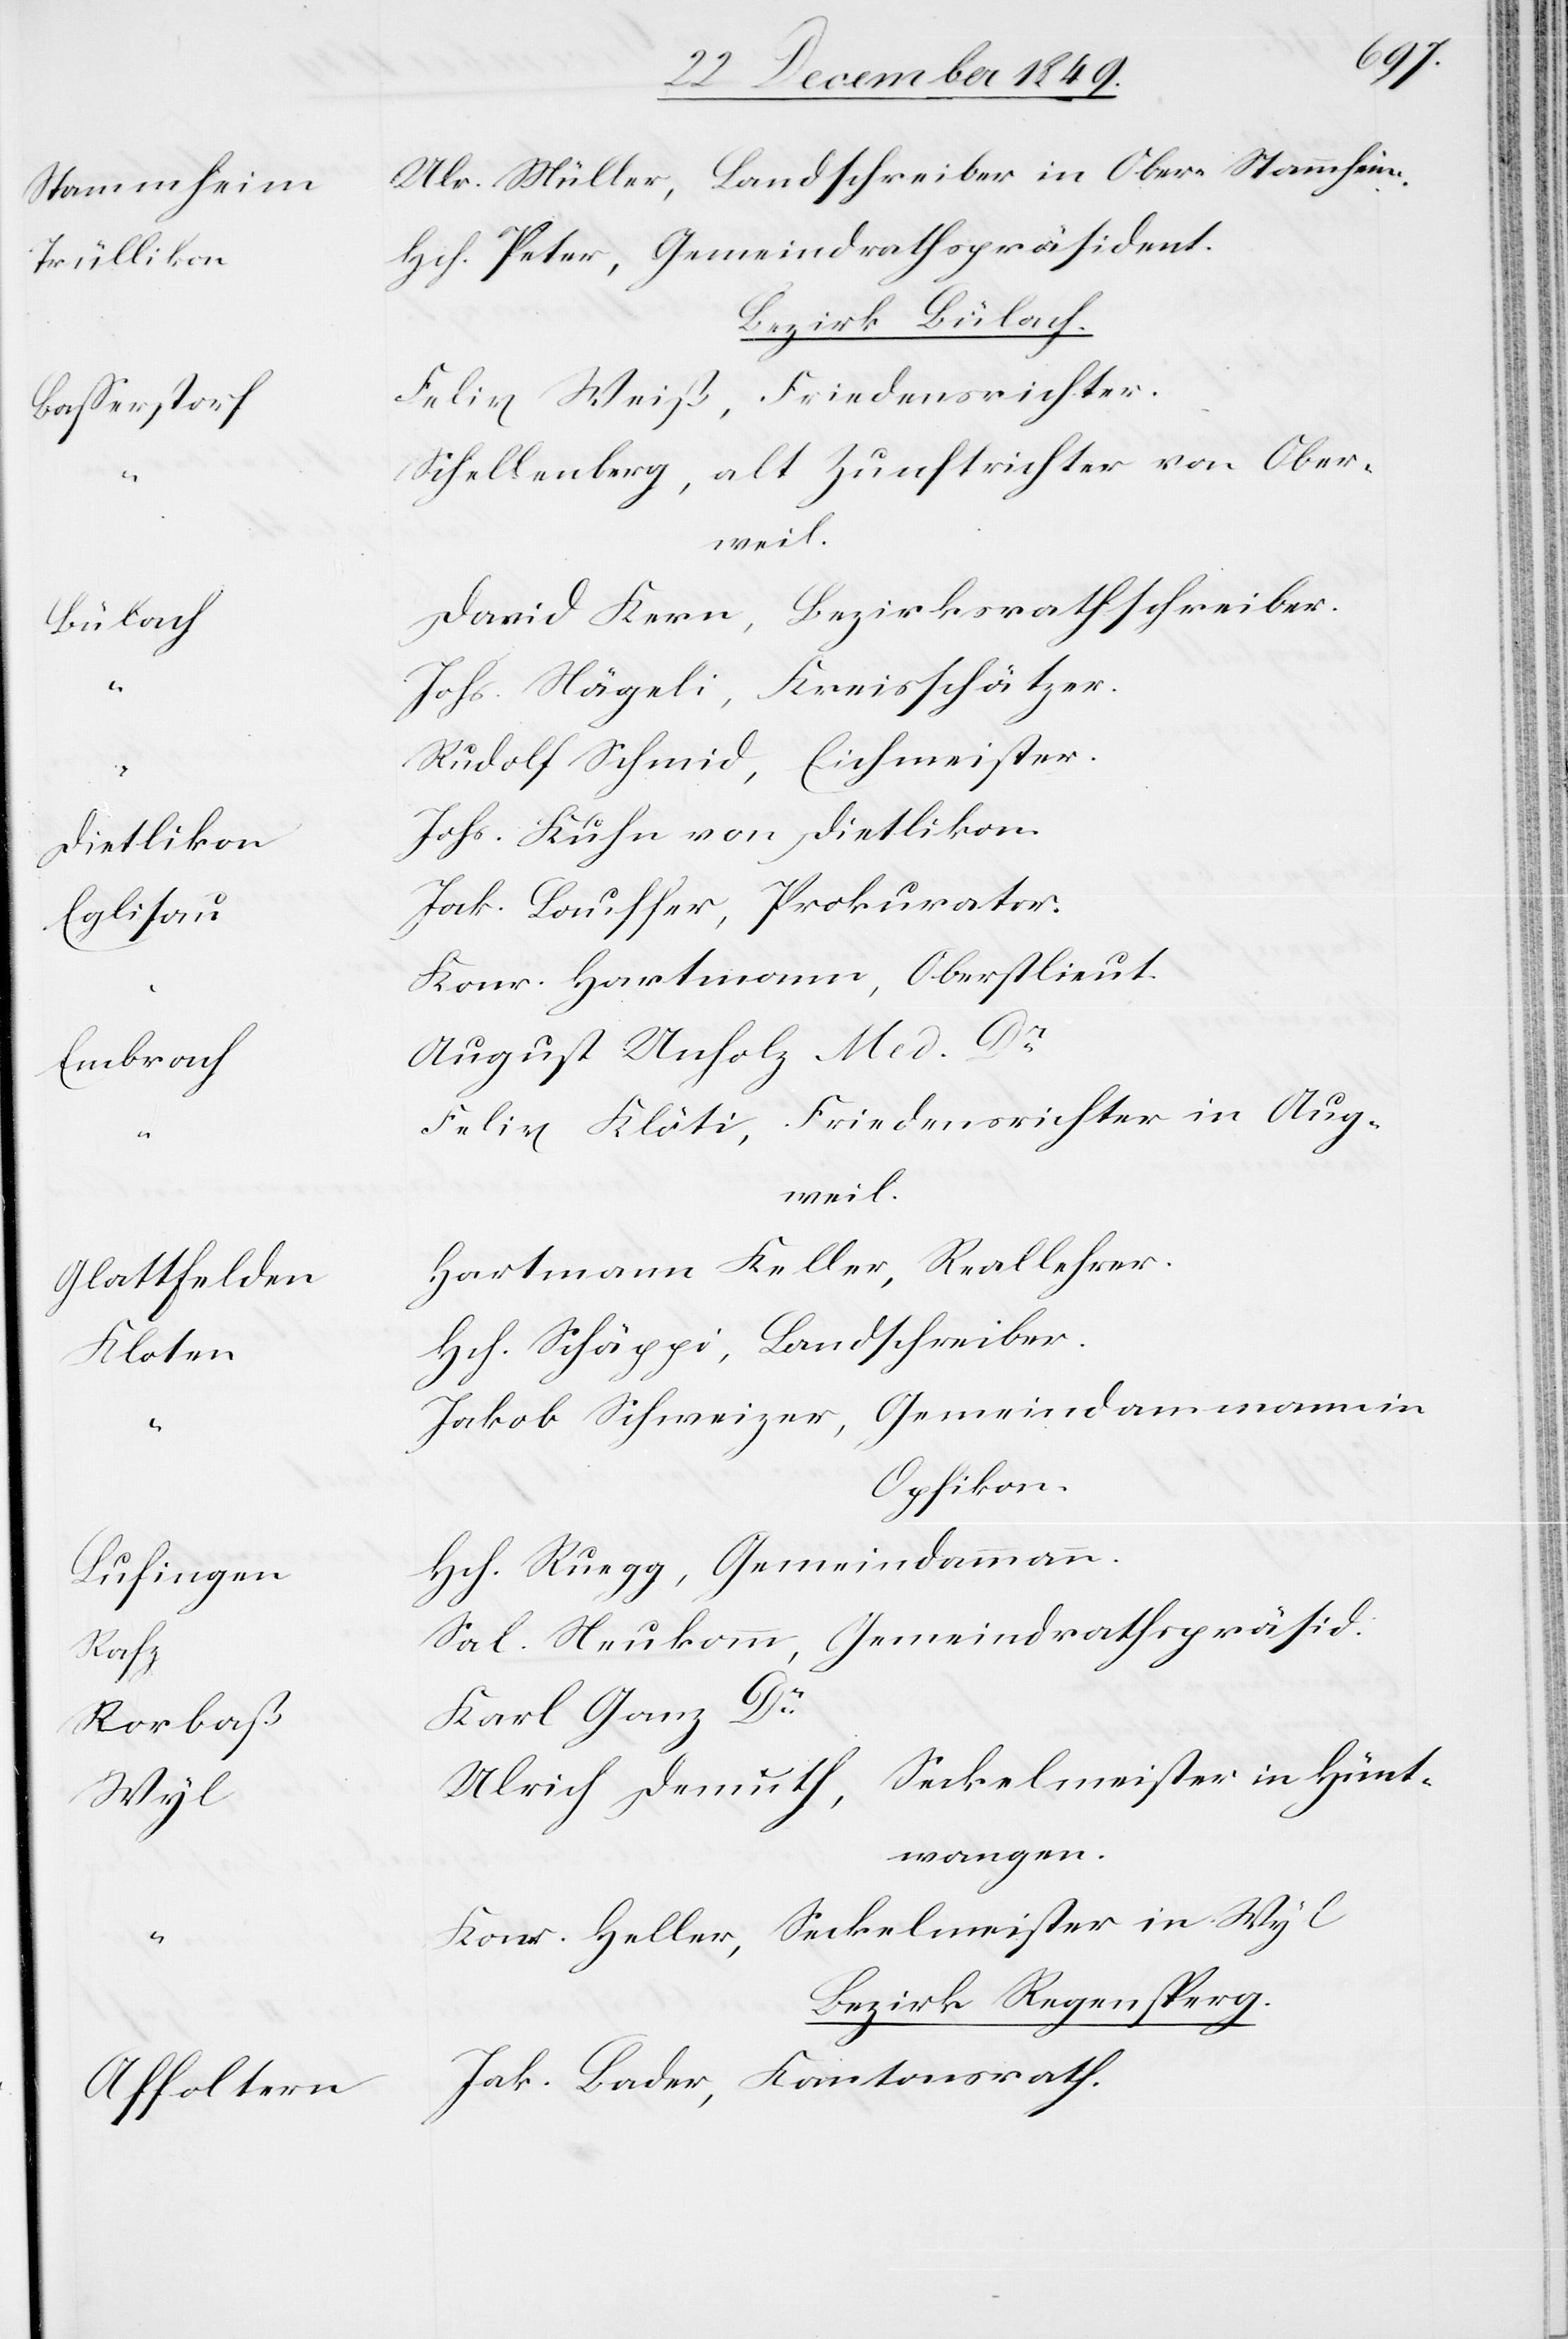
Stammhei¬
Trülliko¬
Baßerstor¬
er.
Dietliko¬
Bülach			D¬
Embrach		A¬
Glattfelde¬
Lufinge¬
Eich¬
Wyl				Ul¬
Affolter¬

r. Müller, Landschreiber in Ober-Stammheim.
n		Hch. Peter, Gemeindrathspräsident.
Bezirk Bülach.
f		Felix Weiß, Friedensrichter.
chellenberg, alt Zunftrichter von Ober¬
meist¬
avid Kern, Bezirksrathsschreiber.
Nägeli, Kreisschätzer.
n		Johs. Kuhn von Dietlikon.
Lauffer, Prokurator.
onr. Hartmann, Oberstlieut.
ugust Unholz Med Dr
Klöti, Friedensrichter in Aug¬
weil.
n		Hartmann Keller, Reallehrer.
Schäppi, Landschreiber.
akob Schweizer, Gemeindammann in
Opfikon.
n		Hch. Ruegg, Gemeindammann.
Neukomm, Gemeindrathspräsid.
rich Demuth, Seckelmeister in Hünt¬
wangen.
Heller, Seckelmeister in Wyl.
Bezirk Regensberg
n		Jak. Bader, Kantonsrath.